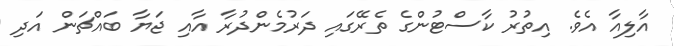
އާލިއާ އެވެ. އިތުރު ކާސްޓުންގެ ތެރޭގައި ދަރުމެންދުރާ އާއި ޖަޔާ ބައްޗަން އަދި